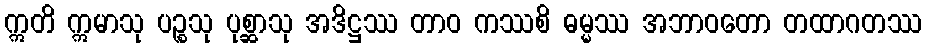
ဣတိ ဣမာသု ပဉ္စသု ပုစ္ဆာသု အဒိဋ္ဌဿ တာဝ ကဿစိ ဓမ္မဿ အဘာဝတော တထာဂတဿ